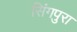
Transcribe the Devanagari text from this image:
सिंगपुरा